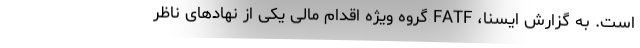
است. به گزارش ایسنا، FATF گروه ویژه اقدام مالی یکی از نهادهای ناظر